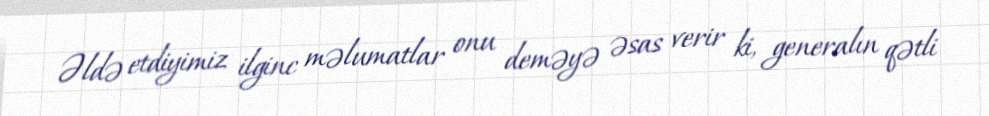
Əldə etdiyimiz ilginc məlumatlar onu deməyə əsas verir ki, generalın qətli